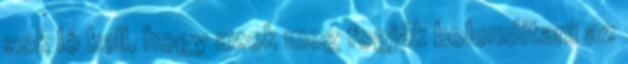
sok ló kell, hogy azok meg fogják bolondítani az